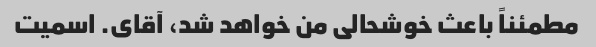
مطمئناً باعث خوشحالی من خواهد شد، آقای. اسمیت